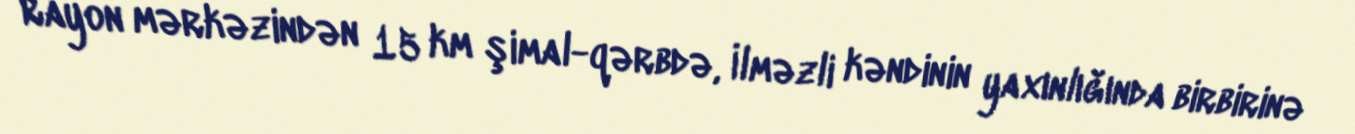
Rayon mərkəzindən 15 km şimal-qərbdə, İlməzli kəndinin yaxınlığında birbirinə